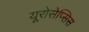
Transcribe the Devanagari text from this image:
यूरोसेप्सिस